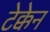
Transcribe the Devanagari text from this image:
टेक्केन